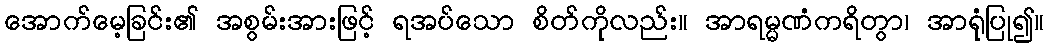
အောက်မေ့ခြင်း၏ အစွမ်းအားဖြင့် ရအပ်သော စိတ်ကိုလည်း။ အာရမ္မဏံကရိတွာ၊ အာရုံပြု၍။